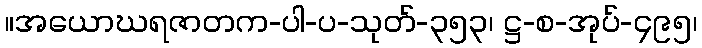
။အယောဃရဇာတက-ပါ-ပ-သုတ်-၃၅၃၊ ဋ္ဌ-စ-အုပ်-၄၉၅၊